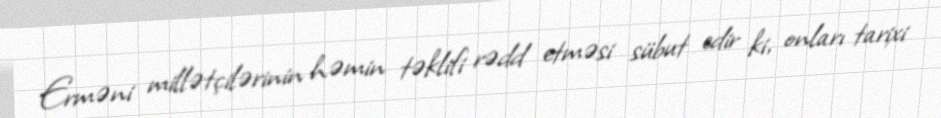
Erməni millətçilərinin həmin təklifi rədd etməsi sübut edir ki, onları tarixi